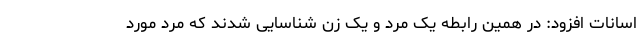
اسانات افزود: در همین رابطه یک مرد و یک زن شناسایی شدند که مرد مورد